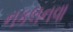
નકલનવા